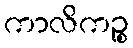
ကာလိကဉ္စ